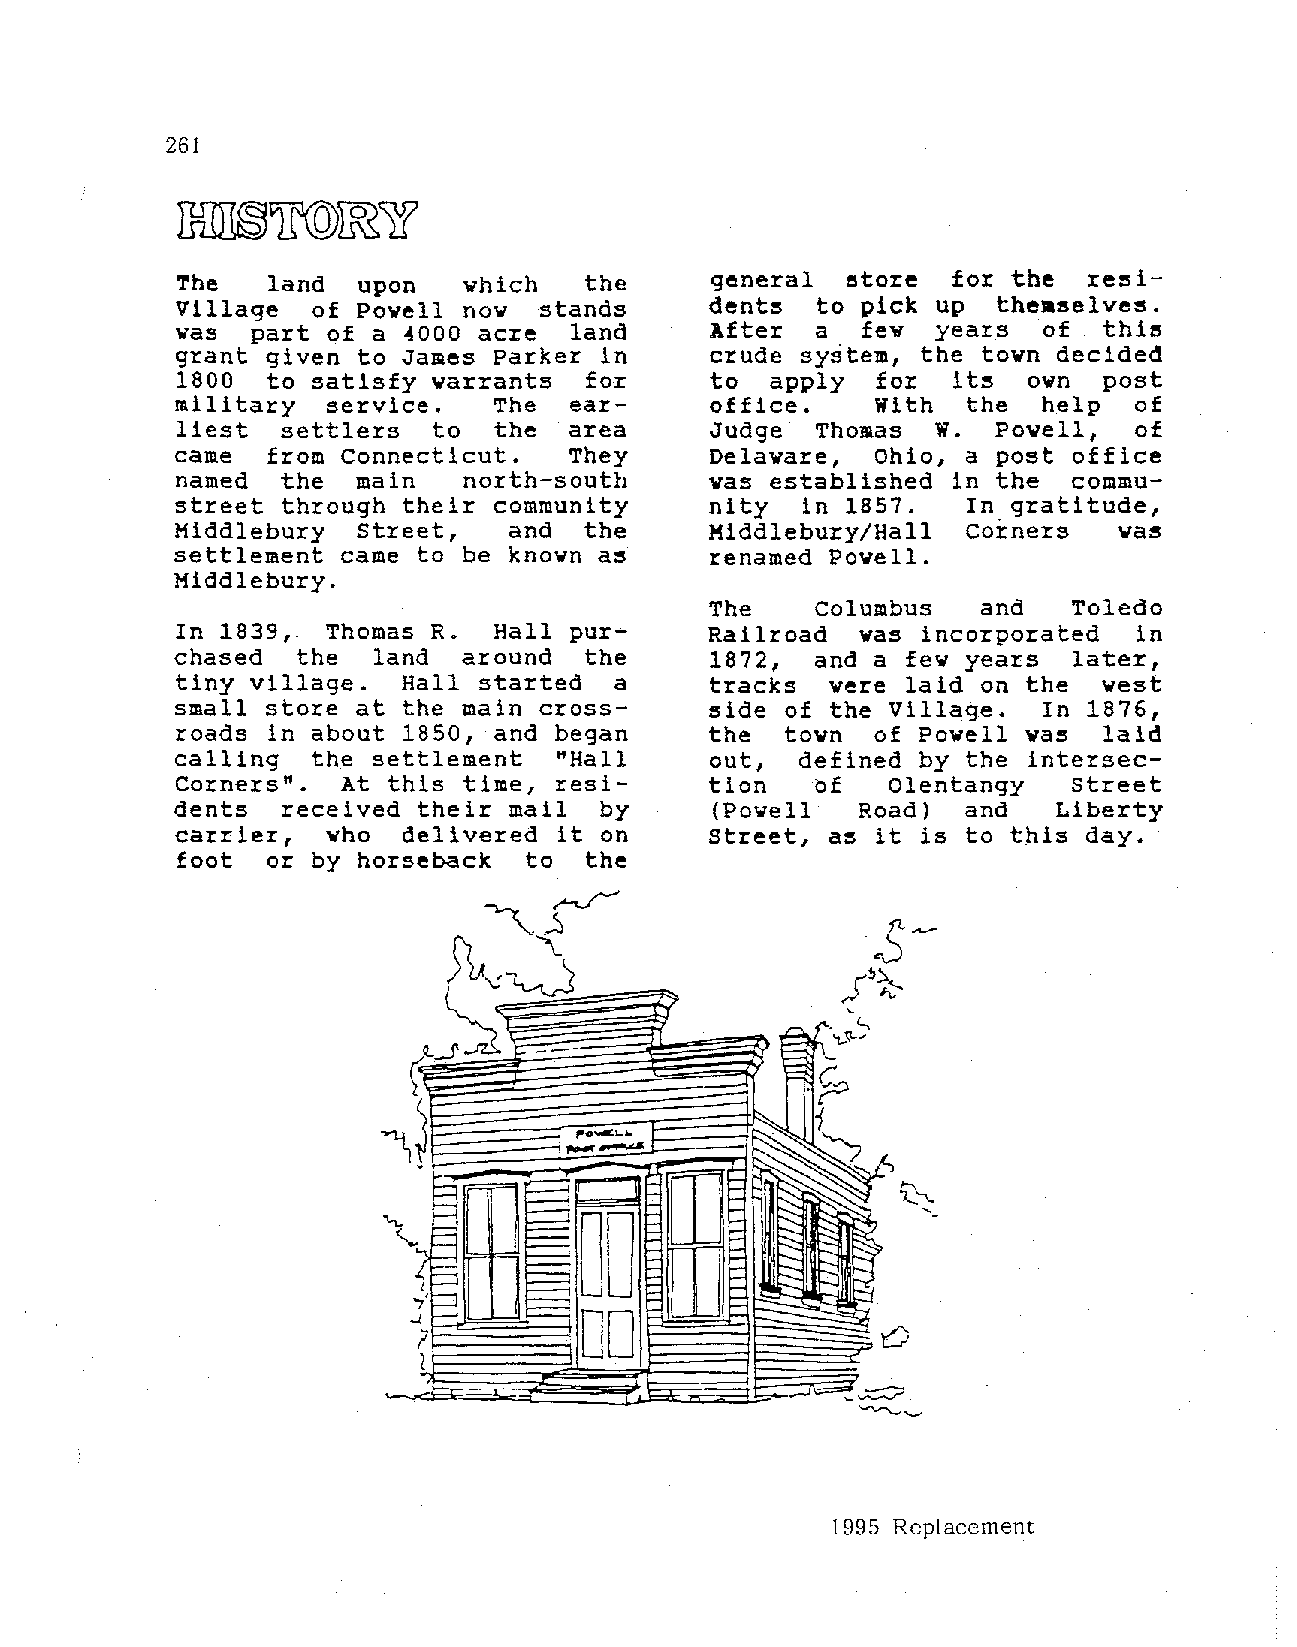
261
 The   land  upon   which   the     general  ~tore  for the  re~i­
 Village  of Powell nov  stands     dents  to pick up  themselves.
 vas  part of a      acre  land     After  a  fev  years  of  this
 ~000
 grant given to James Parker in     crude system, the tovn decided
 1800  to satisfy warrants  for     to  apply  for       own  post
 it~
 military  service.   The  ear      office.    With  the  help  of
 w.
 liest  settlers  to  the  area     Judge  Thomas      Powell,  of
 came  from Connecticut.   They     Delaware,  Ohio, a post office
 named  the  main   north-south     vas established in the  commu
 street through their community     nity  in 1857.   In gratitude,
 Middlebury  Street,   and  the     Middlebury/Hall  Corners   was
 settlement  came to be knovn a~     renamed Powell.
 Middlebury.
 The    Columbus   and   Toledo
 In 1839,. Thomas R.  Hall pur      Railroad  vas incorporated  in
 chased  the  land  around  the     1872,  and a fev years  later,
 tiny village.  Hall started  a     tracks  were laid on the  west
 small store at the main cross      side of the Village.  In 1876,
 roads in about 1850, and began     the  town  of Powell vas  laid
 calling  the settlement  "Hall     out,  defined by the intersec
 Corners".  At this time, resi      tion   of   Olentangy   Street
 dents   received their mail  by     (Povell   Road)  and   Liberty
 carrier,  vho  delivered it on     Street, as it is to this day.
 foot  or by horseback  to  the
 1995 Replacement